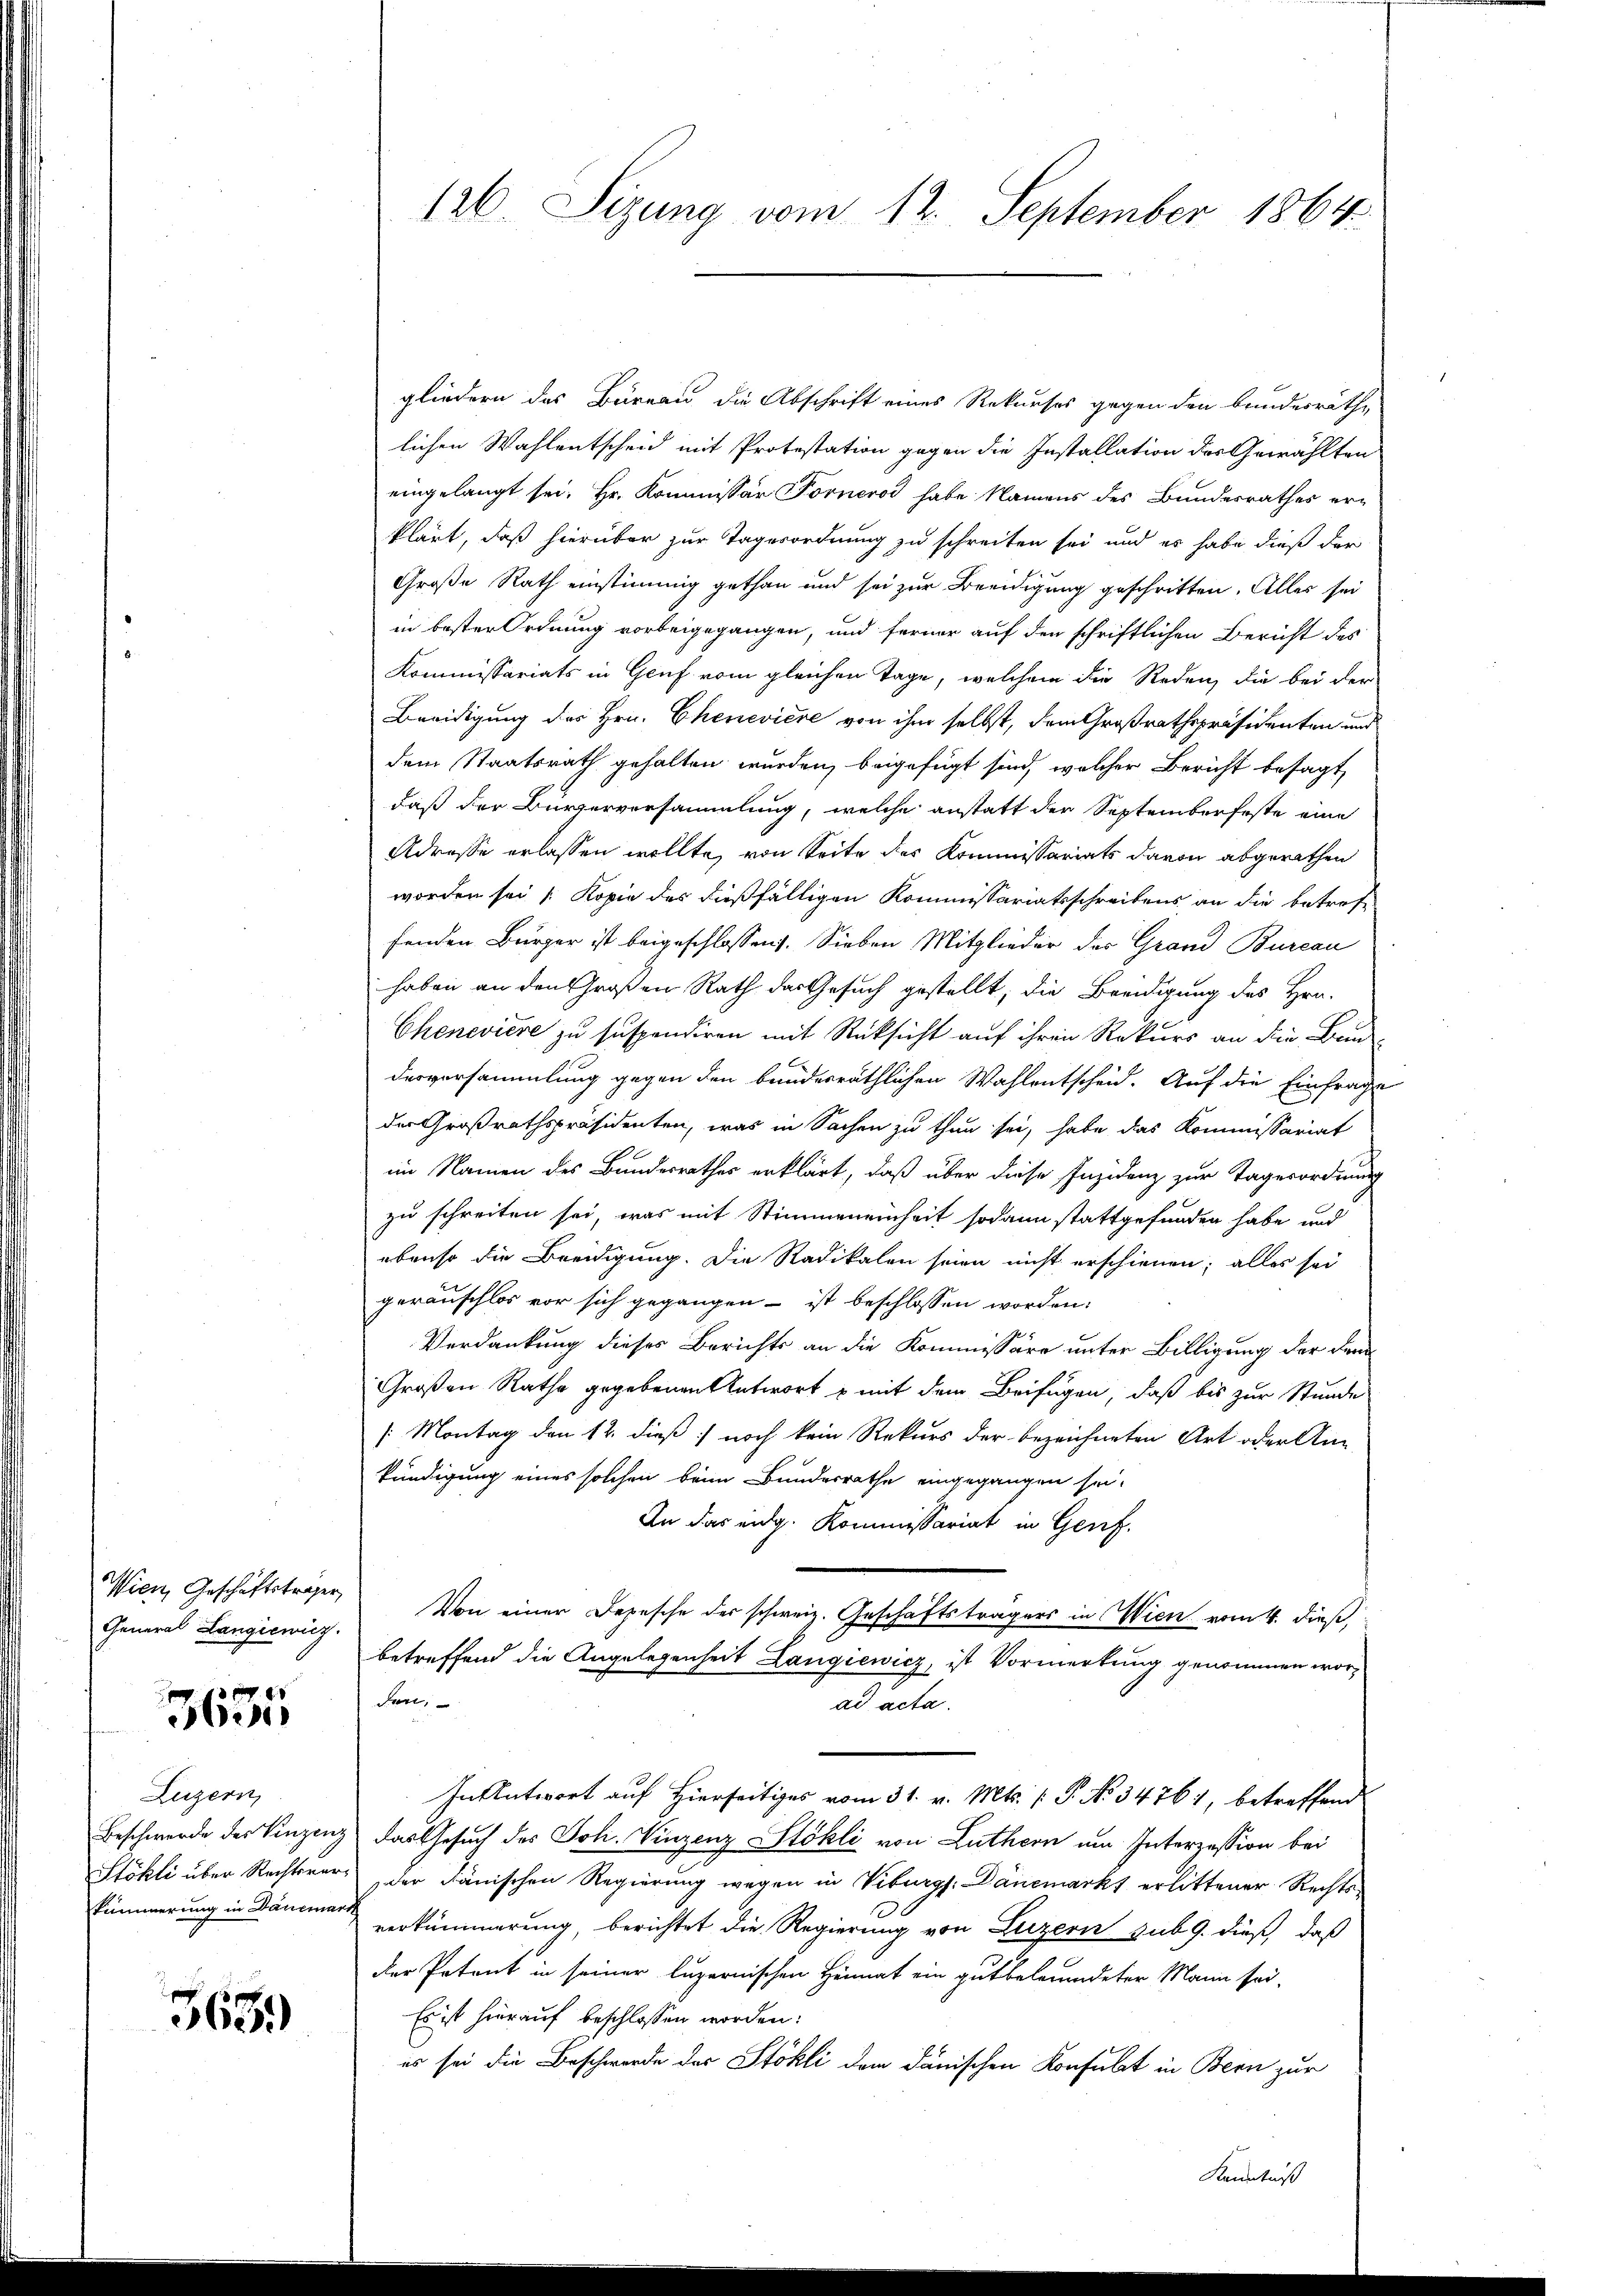
Wien, Geschäftsträger,
General Langiewicz

3635

Luzern,
Beschwerde des Vinzenz
Stökli über Rechtsverkümmerung in Danemar

365.

126. Sizung vom 12. September 1864.

gliedern des Bureau die Abschrift eines Rekurses gegen den bundesräthe
lichen Wahlentscheid mit Protestation gegen die Installation des Gewählten
eingelangt sei. Hr. Kommissär Forneros habe Namens des Bundesrathes erklärt, daß hierüber zur Tagesordnung zu schreiben sei und es habe dieß der
Große Rath einstimmig gethan und sei zur Beeidigung geschritten. Alles sei
in bester Ordnung vorbeigegangen, und ferner auf den schriftlichen Bericht des
Kommissariats in Genf vom gleichen Tage, welchem die Reden, die bei der
Beeidigung des Hrn. Chenevière von ihm selbst, dem Großrathspräsidenten und
dem Staatsrath gehalten wurden, beigefügt sind, welcher Bericht besagt
daß der Bürgerversammlung, welche anstatt der Septemberfeste eine
Adresse erlassen wollte, von Seite des Kommissariats davon abgerathen
worden sei „Kopie des dießfälligen Kommissariatsschreibens an die betreffenden Bürger ist beigeschlossen. Sieben Mitglieder der Grand Bureau
haben an den Großen Rath das Gesuch gestellt, die Beeidigung des Hrn.
Chenevière zu suspendiren mit Rücksicht auf ihren Rekurs an die Bau-
derversammlung gegen den bundesräthlichen Wahlentscheid. Auf die Einfrage
der Großrathspräsidenten, was in Sachen zu thun sei, habe das Kommissariat
im Namen des Bundesrathes erklärt, daß über diese Insidenz zur Tagesordnung
zu schreiten sei, was mit Stimmeneinheit sodann stattgefunden habe und
ebenso die Beeidigung. Die Radikalen seien nicht erschienen; alles sei
gerauschlos vor sich gegangen ist beschlossen worden.
Verdankung dieses Berichts an die Kommissäre unter Billigung der dem
Großen Rathe gegebenen Antwort p mit dem Beifügen, daß bis zur Stunde
/Montag den 12. dieß noch kein Rekurs der bezeichneten Art oder Ankündigung eines solchen beim Bundesrathe eingegangen sei.
An das eidg. Kommissariat in Genf.
Von einer Depesche der schweiz. Geschäftsträgers in Wien vom 4. dieß,
betreffend die Angelegenheit Langiewicz, ist Vormerkung genommen worden,
ad acta.
In Antwort auf Hierseitiges vom 31. v. Mts. P. No 34761, betreffend
das Gesuch des Joh. Vinzenz Stokli von Luthern um Interzession bei
der danischen Regierung wegen in Viburgs. Danemarkt erlittener Rechtsverkümmerung, berichtet die Regierung von Luzern sub 9. dieß, daß
der Petent in seiner luzernischen Heimat ein gutbelerendeter Mann sei-
Es ist hierauf beschlossen worden:
es sei die Beschwerde des Stöhli dem dänischen Konsulat in Bern zur
Kenntniß